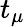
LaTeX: t_{\mu}